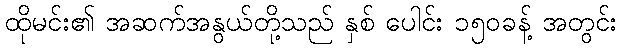
ထိုမင်း၏ အဆက်အနွယ်တို့သည် နှစ် ပေါင်း ၁၅၀ခန့် အတွင်း